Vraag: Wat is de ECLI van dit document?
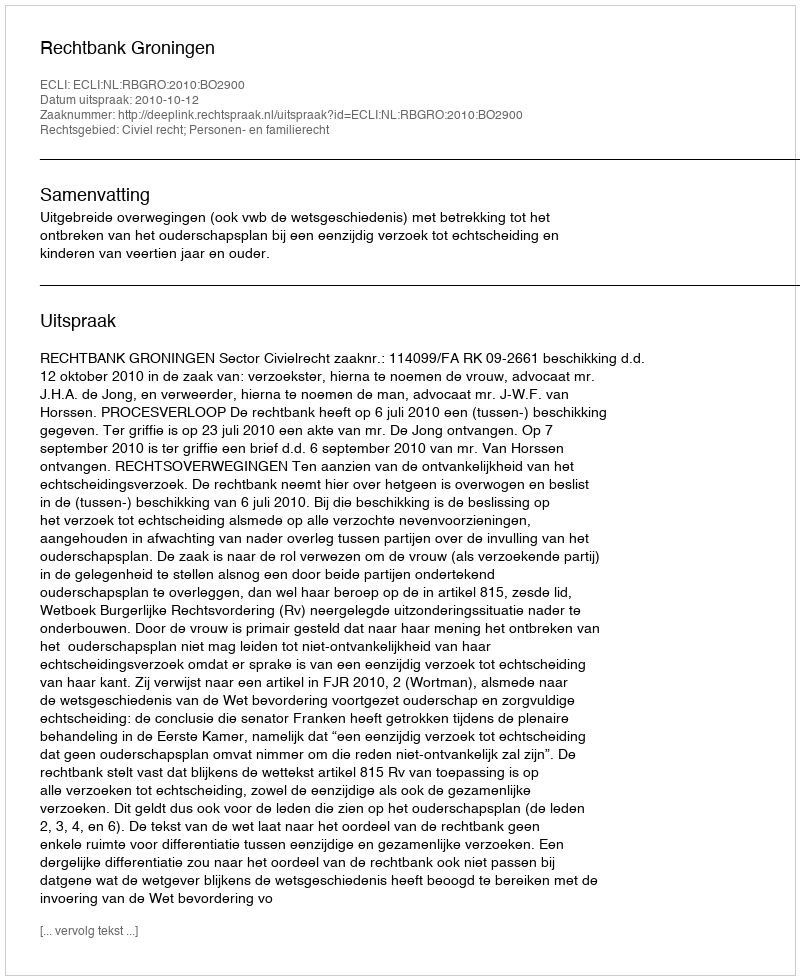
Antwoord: ECLI:NL:RBGRO:2010:BO2900